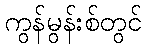
ကွန်မွန်းစ်တွင်